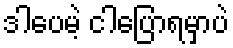
ဒါပေမဲ့ ငါပြောရမှာပဲ